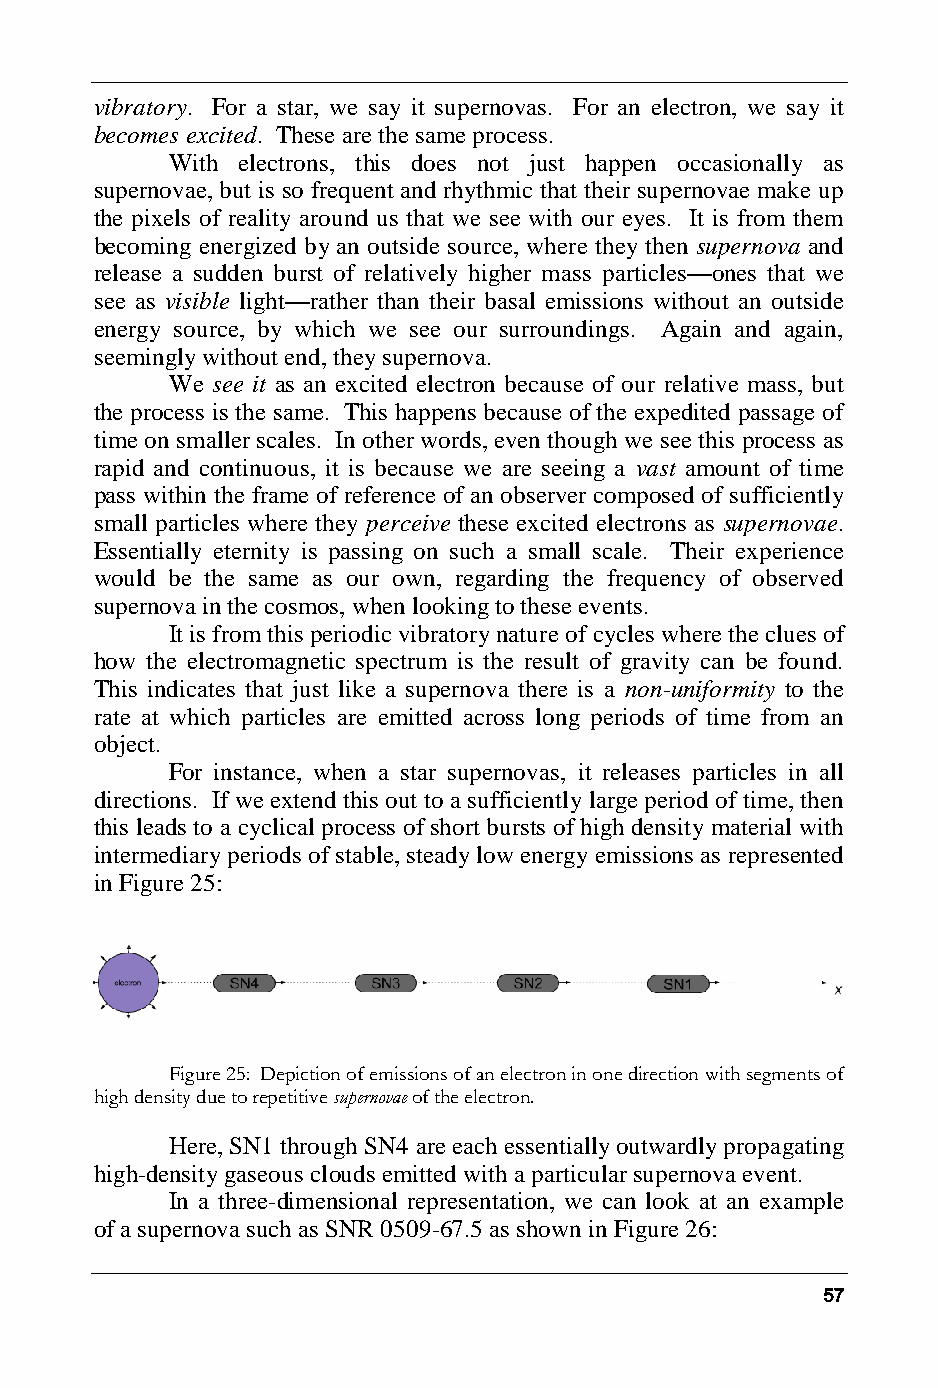
vibratory. For a star, we say it supernovas. For an electron, we say it
 becomes excited. These are the same process.
 With electrons, this does not just happen occasionally as
 supernovae, but is so frequent and rhythmic that their supernovae make up
 the pixels of reality around us that we see with our eyes. It is from them
 becoming energized by an outside source, where they then supernova and
 release a sudden burst of relatively higher mass particles—ones that we
 see as visible light—rather than their basal emissions without an outside
 energy source, by which we see our surroundings. Again and again,
 seemingly without end, they supernova.
 We see it as an excited electron because of our relative mass, but
 the process is the same. This happens because of the expedited passage of
 time on smaller scales. In other words, even though we see this process as
 rapid and continuous, it is because we are seeing a vast amount of time
 pass within the frame of reference of an observer composed of sufficiently
 small particles where they perceive these excited electrons as supernovae.
 Essentially eternity is passing on such a small scale. Their experience
 would be the same as our own, regarding the frequency of observed
 supernova in the cosmos, when looking to these events.
 It is from this periodic vibratory nature of cycles where the clues of
 how the electromagnetic spectrum is the result of gravity can be found.
 This indicates that just like a supernova there is a non-uniformity to the
 rate at which particles are emitted across long periods of time from an
 object.
 For instance, when a star supernovas, it releases particles in all
 directions. If we extend this out to a sufficiently large period of time, then
 this leads to a cyclical process of short bursts of high density material with
 intermediary periods of stable, steady low energy emissions as represented
 in Figure 25:
 Figure 25: Depiction of emissions of an electron in one direction with segments of
 high density due to repetitive supernovae of the electron.
 Here, SN1 through SN4 are each essentially outwardly propagating
 high-density gaseous clouds emitted with a particular supernova event.
 In a three-dimensional representation, we can look at an example
 of a supernova such as SNR 0509-67.5 as shown in Figure 26:
 57